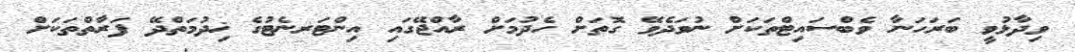
ވިދާޅުވީ ބަރަހަނާ ވެބްސައިޓްތަކަށް ނުވަދެވޭ ގޮތަށް ހެދުމަށް ރާއްޖޭގައި އިންޓަރނެޓުގެ ޚިދުމަތްދޭ ފަރާތްތަކަށް